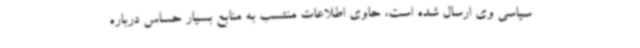
سیاسی وی ارسال شده است، حاوی اطلاعات منتسب به منابع بسیار حساس درباره